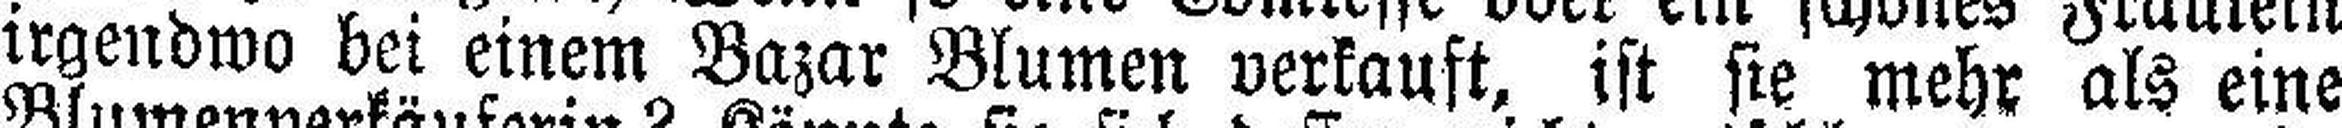
irgendwo bei einem Bazar Blumen verkauft, ist sie mehr als eine